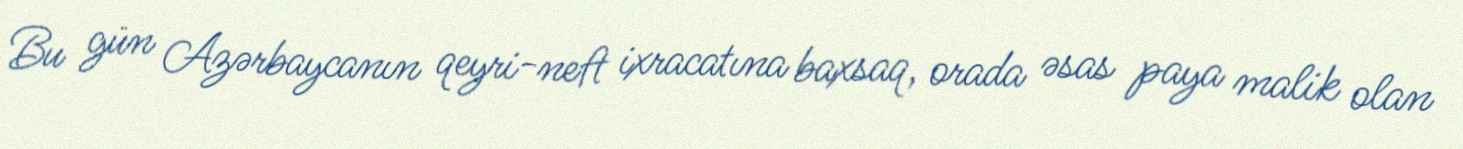
Bu gün Azərbaycanın qeyri-neft ixracatına baxsaq, orada əsas paya malik olan